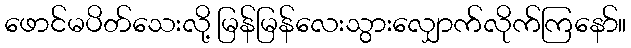
ဖောင်မပိတ်သေးလို့ မြန်မြန်လေးသွားလျှောက်လိုက်ကြနော်။